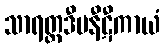
သာရတ္ထဒီပနီဋီကာယံ